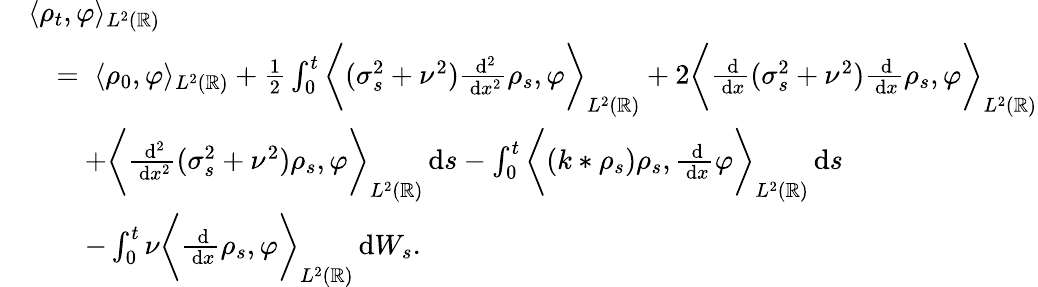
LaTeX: \begin{array}{rl}&{\langle\rho_{t},\varphi\rangle_{L^{2}(\mathbb{R})}}\\ &{\quad=\; \langle\rho_{0},\varphi\rangle_{L^{2}(\mathbb{R})}+\frac{1}{2}\int_{0}^{t}\bigg\langle(\sigma_{s}^{2}+\nu^{2})\frac{\, \mathrm{d}^{2}}{\, \mathrm{d}x^{2}}\rho_{s},\varphi\bigg\rangle_{L^{2}(\mathbb{R})}+2\bigg\langle\frac{\, \mathrm{d}}{\, \mathrm{d}x}(\sigma_{s}^{2}+\nu^{2})\frac{\, \mathrm{d}}{\, \mathrm{d}x}\rho_{s},\varphi\bigg\rangle_{L^{2}(\mathbb{R})}}\\ &{\quad\quad+\bigg\langle\frac{\, \mathrm{d}^{2}}{\, \mathrm{d}x^{2}}(\sigma_{s}^{2}+\nu^{2})\rho_{s},\varphi\bigg\rangle_{L^{2}(\mathbb{R})}\, \mathrm{d}s-\int_{0}^{t}\bigg\langle(k*\rho_{s})\rho_{s},\frac{\, \mathrm{d}}{\, \mathrm{d}x}\varphi\bigg\rangle_{L^{2}(\mathbb{R})}\, \mathrm{d}s}\\ &{\quad\quad-\int_{0}^{t}\nu\bigg\langle\frac{\, \mathrm{d}}{\, \mathrm{d}x}\rho_{s},\varphi\bigg\rangle_{L^{2}(\mathbb{R})}\, \mathrm{d}W_{s}.}\end{array}